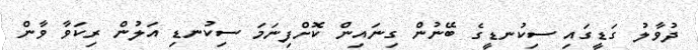
ދުވާލު ގަޑީގައި ސިކުނޑީގެ ބޭނުން ގިނައިން ކޮށްފިނަމަ ސިކުނޑި އަލުން ރިކަވާ ވާން